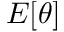
E [ \theta ]